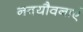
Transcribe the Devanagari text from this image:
नवयौवनाएं